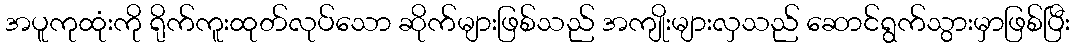
အပူကုထုံးကို ရိုက်ကူးထုတ်လုပ်သော ဆိုက်များဖြစ်သည် အကျိုးများလှသည် ဆောင်ရွက်သွားမှာဖြစ်ပြီး